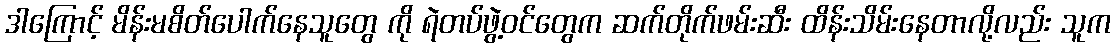
ဒါကြောင့် မိန်းမစိတ်ပေါက်နေသူတွေ ကို ရဲတပ်ဖွဲ့ဝင်တွေက ဆက်တိုက်ဖမ်းဆီး ထိန်းသိမ်းနေတာလို့လည်း သူက